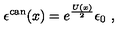
\epsilon ^ { \mathrm { c a n } } ( x ) = e ^ { \frac { U ( x ) } { 2 } } \epsilon _ { 0 } \ ,